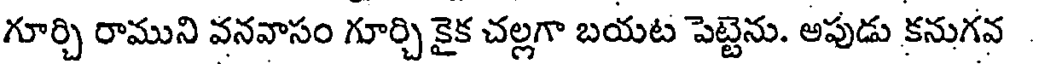
గూర్చి రాముని వనవాసం గూర్చి కైక చల్లగా బయట పెట్టెను. అపుడు కనుగవ